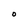
Character: O